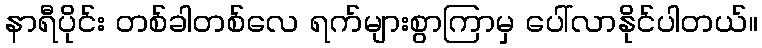
နာရီပိုင်း တစ်ခါတစ်လေ ရက်များစွာကြာမှ ပေါ်လာနိုင်ပါတယ်။